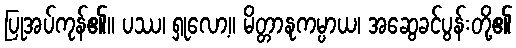
ပြုအပ်ကုန်၏။ ပဿ၊ ရှုလော့။ မိတ္တာနုကမ္ပာယ၊ အဆွေခင်ပွန်းတို့၏